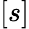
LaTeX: [s]